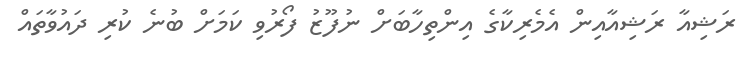
ރަޝިއާ ރަޝިއާއިން އެމެރިކާގެ އިންތިހާބަށް ނުފޫޒު ފޯރުވި ކަމަށް ބުނެ ކުރި ދައުވާތައް